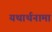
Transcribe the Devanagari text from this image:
यथार्थनामा